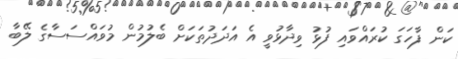
ކަން ފާހަގަ ކުރައްވައި ފުޅު ވިދާޅުވީ އެ އަދަދުތަކަށް ބެލުމުން މުވައްސަސާގެ ލޭބާ